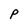
Character: P